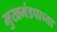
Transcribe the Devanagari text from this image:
मुखमंडपाच्या